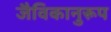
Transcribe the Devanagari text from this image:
जैविकानुरूप